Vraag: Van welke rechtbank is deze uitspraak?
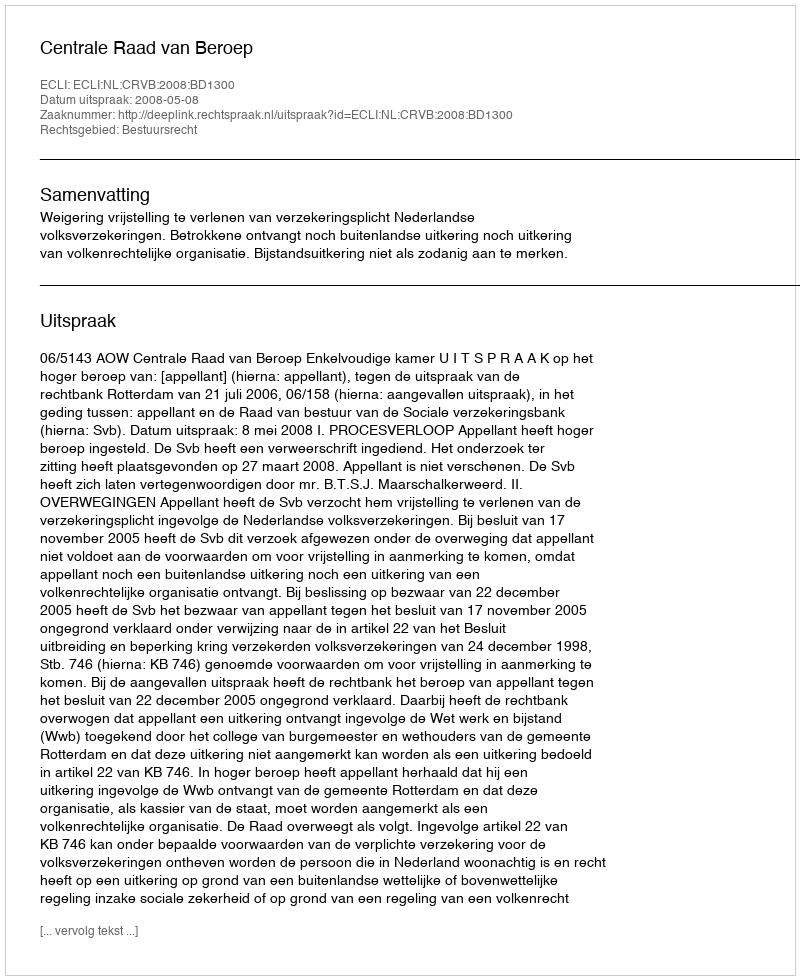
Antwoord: Centrale Raad van Beroep